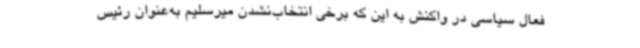
فعال سیاسی در واکنش به این که برخی انتخاب‌نشدن میرسلیم به‌عنوان رئیس